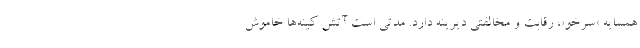
همسایه «سرخو»، رقابت و مخالفتی دیرینه دارد. مدتی است آتش کینه‌ها خاموش